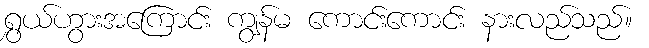
ရွှယ်ဟွားအကြောင်း ကျွန်မ ကောင်းကောင်း နားလည်သည်။